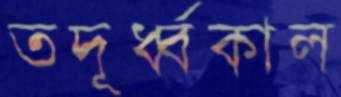
তদূর্ধ্বকাল